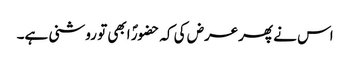
اس نے پھرعرض کی کہ حضورؐ ابھی تو روشنی ہے۔